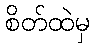
စိတ်ထဲမှ